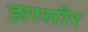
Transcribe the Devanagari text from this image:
झासीर